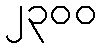
၂၃၀၀